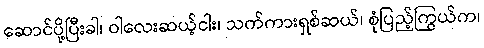
ဆောင်ပို့ပြီးခါ၊ ဝါလေးဆယ့်ငါး၊ သက်ကားရှစ်ဆယ်၊ စုံပြည့်ကြွယ်က၊